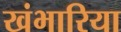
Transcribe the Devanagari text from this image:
खंभारिया